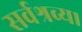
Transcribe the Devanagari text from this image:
सर्वश्रव्य।